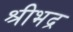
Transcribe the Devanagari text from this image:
श्रीभद्र